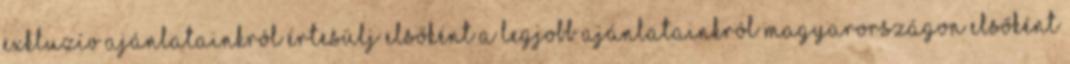
exkluzív ajánlatainkról Értesülj elsőként a legjobb ajánlatainkról Magyarországon elsőként